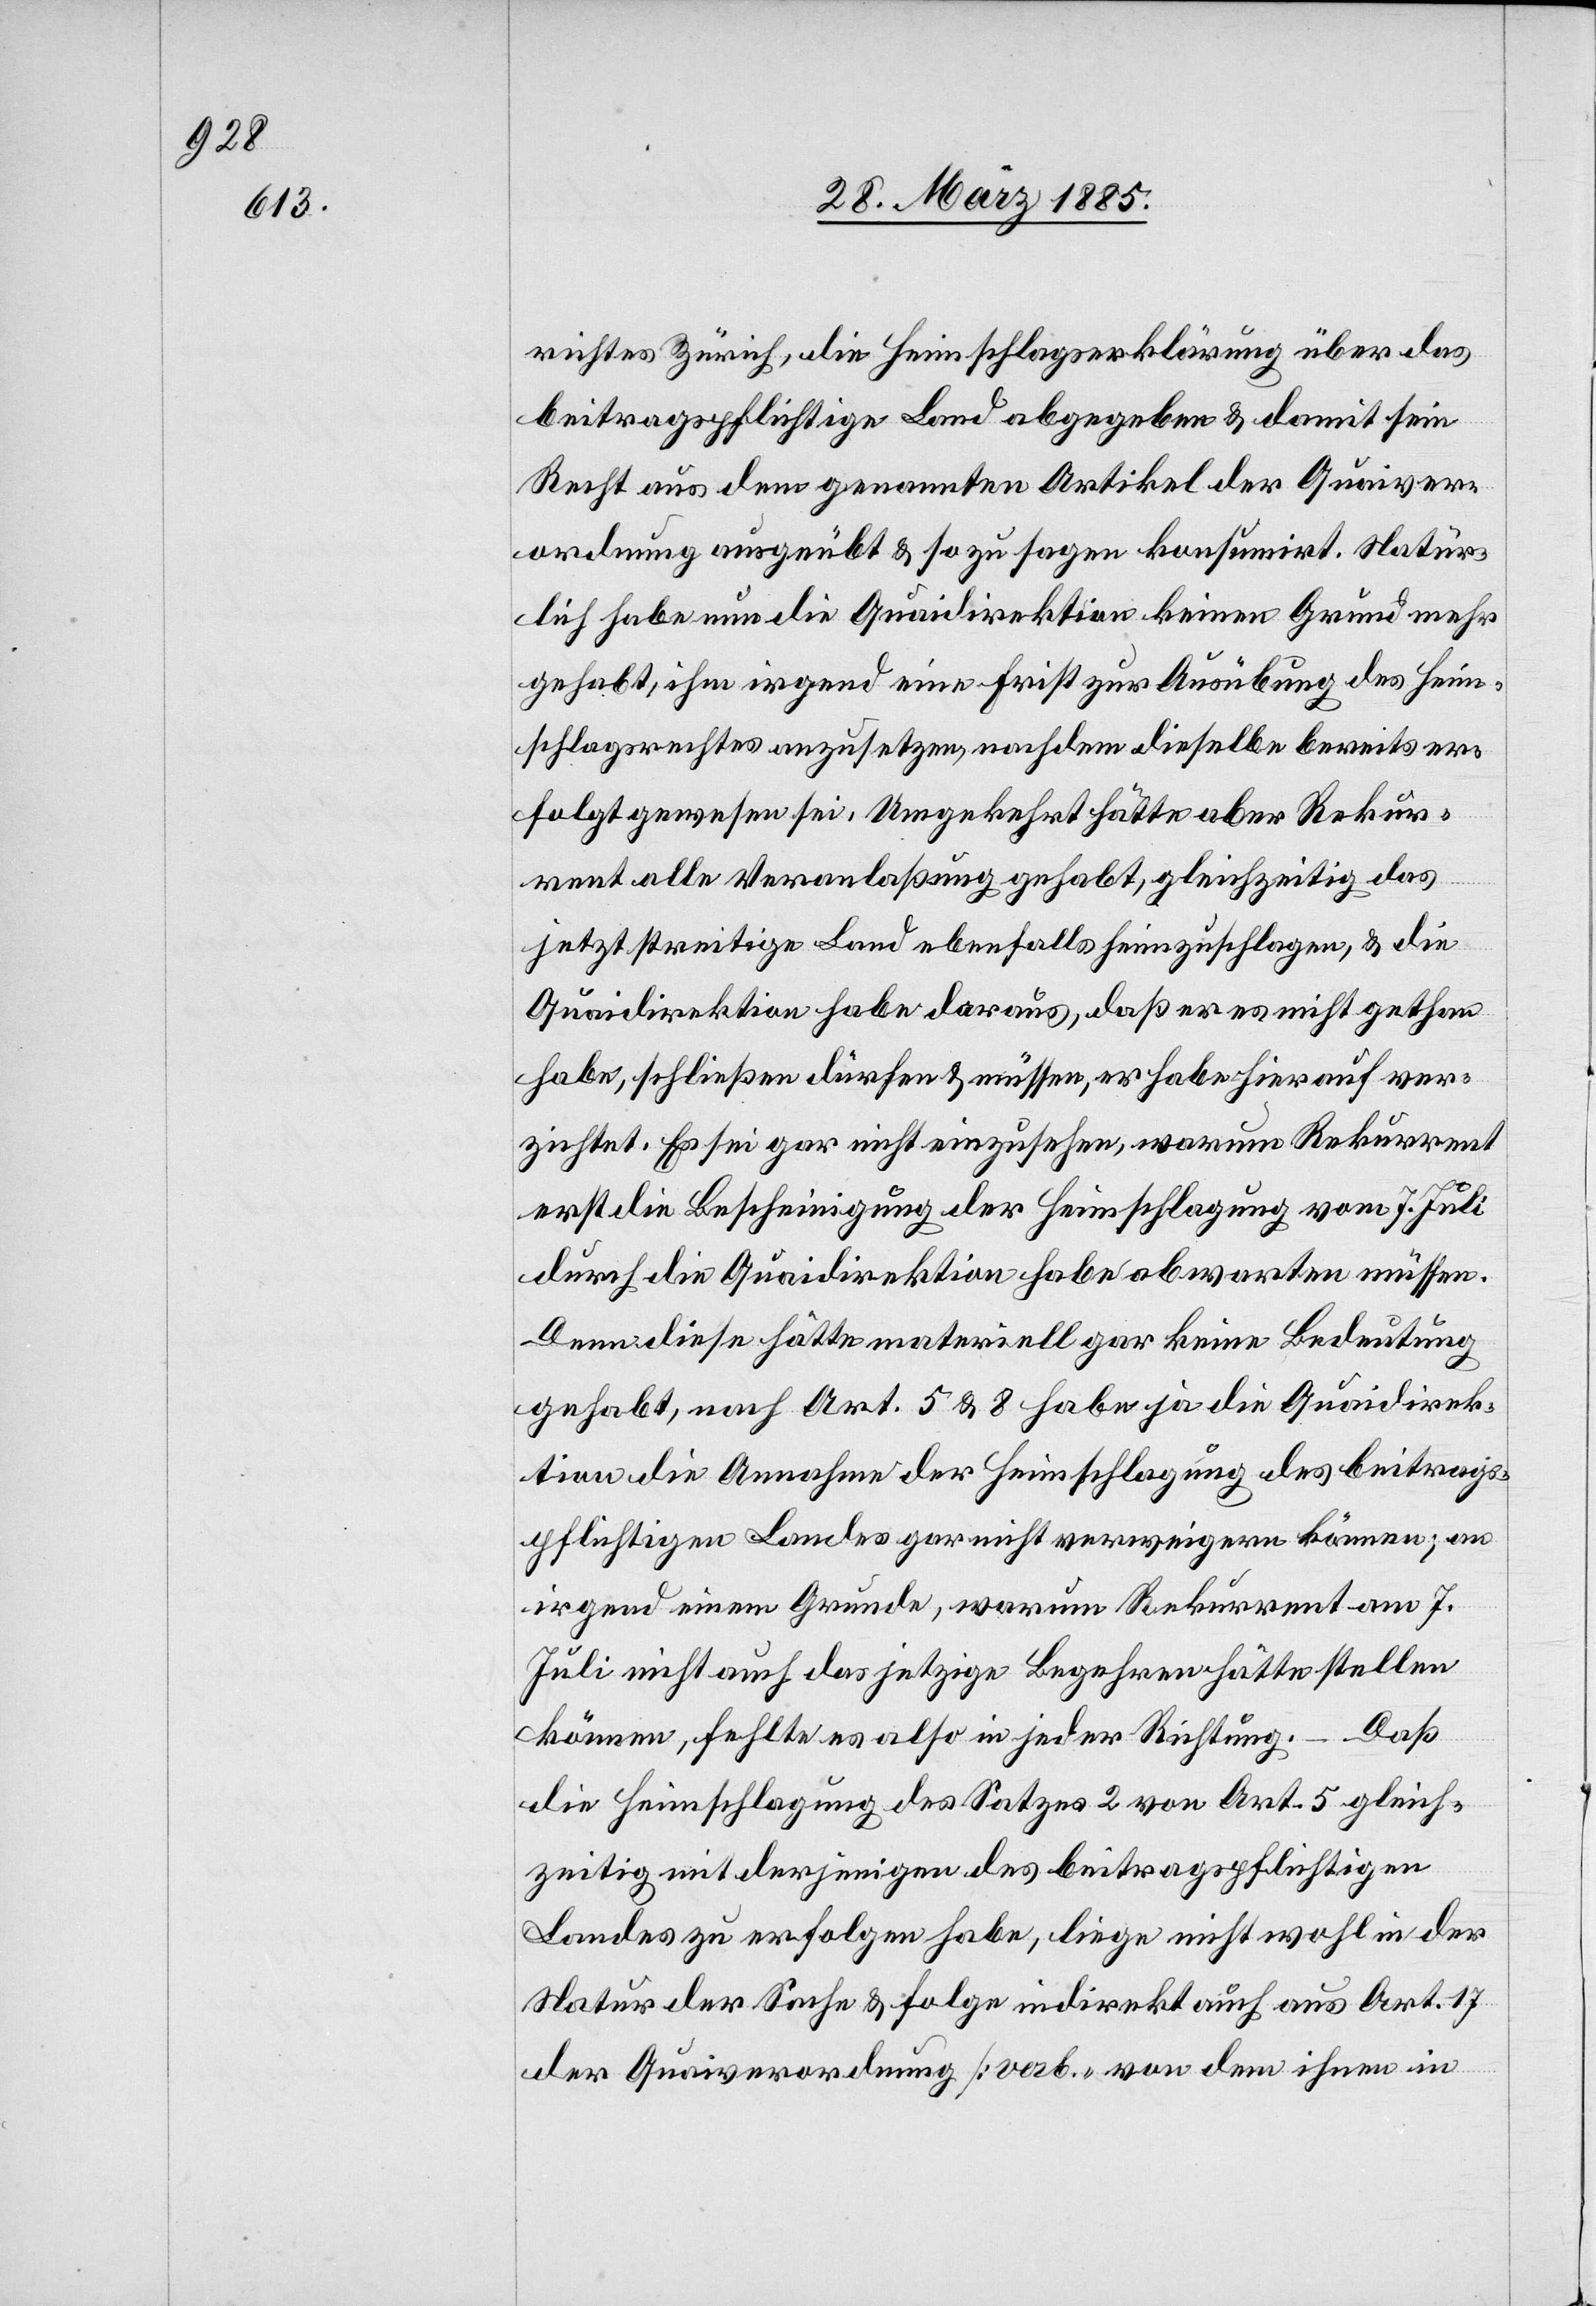
richtes Zürich, die Heimschlagserklärung über das
beitragspflichtige Land abgegeben & damit sein
Recht aus dem genannten Artikel der Quaiver¬
ordnung ausgeübt & so zu sagen konsumirt. Natür¬
lich habe nun die Quaidirektion keinen Grund mehr
gehabt, ihm irgend eine Frist zur Ausübung des Heim¬
schlagsrechtes anzusetzen, nachdem dieselbe bereits er¬
folgt gewesen sei. Umgekehrt hätte aber Rekur¬
rent alle Veranlaßung gehabt, gleichzeitig das
jetzt streitige Land ebenfalls heimzuschlagen, & die
Quaidirektion habe daraus, daß er es nicht gethan
habe, schließen dürfen & müssen, er habe hierauf ver¬
zichtet. Es sei gar nicht einzusehen, warum Rekurrent
erst die Bescheinigung der Heimschlagung vom 7. Juli
durch die Quaidirektion habe abwarten müssen.
Denn diese hätte materiell gar keine Bedeutung
gehabt, nach Art. 5 & 8 habe ja die Quaidirek¬
tion die Annahme der Heimschlagung des beitrags¬
pflichtigen Landes gar nicht verweigern können; an
irgend einem Grunde, warum Rekurrent am 7.
Juli nicht auch das jetzige Begehren hätte stellen
können, fehlte es also in jeder Richtung. – Daß
die Heimschlagung des Satzes 2 von Art. 5 gleich¬
zeitig mit derjenigen des beitragspflichtigen
Landes zu erfolgen habe, liege nicht wohl in der
Natur der Sache & Folge indirekt auch aus Art. 17
der Quaiverordnung [verb. von dem ihnen in